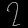
Digit: ၇